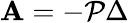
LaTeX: \mathbf{A}=-\mathcal{{P}}\Delta